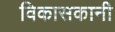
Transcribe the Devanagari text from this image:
विकासकानी